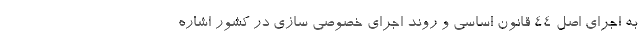
به اجرای اصل 44 قانون اساسی و روند اجرای خصوصی سازی در کشور اشاره